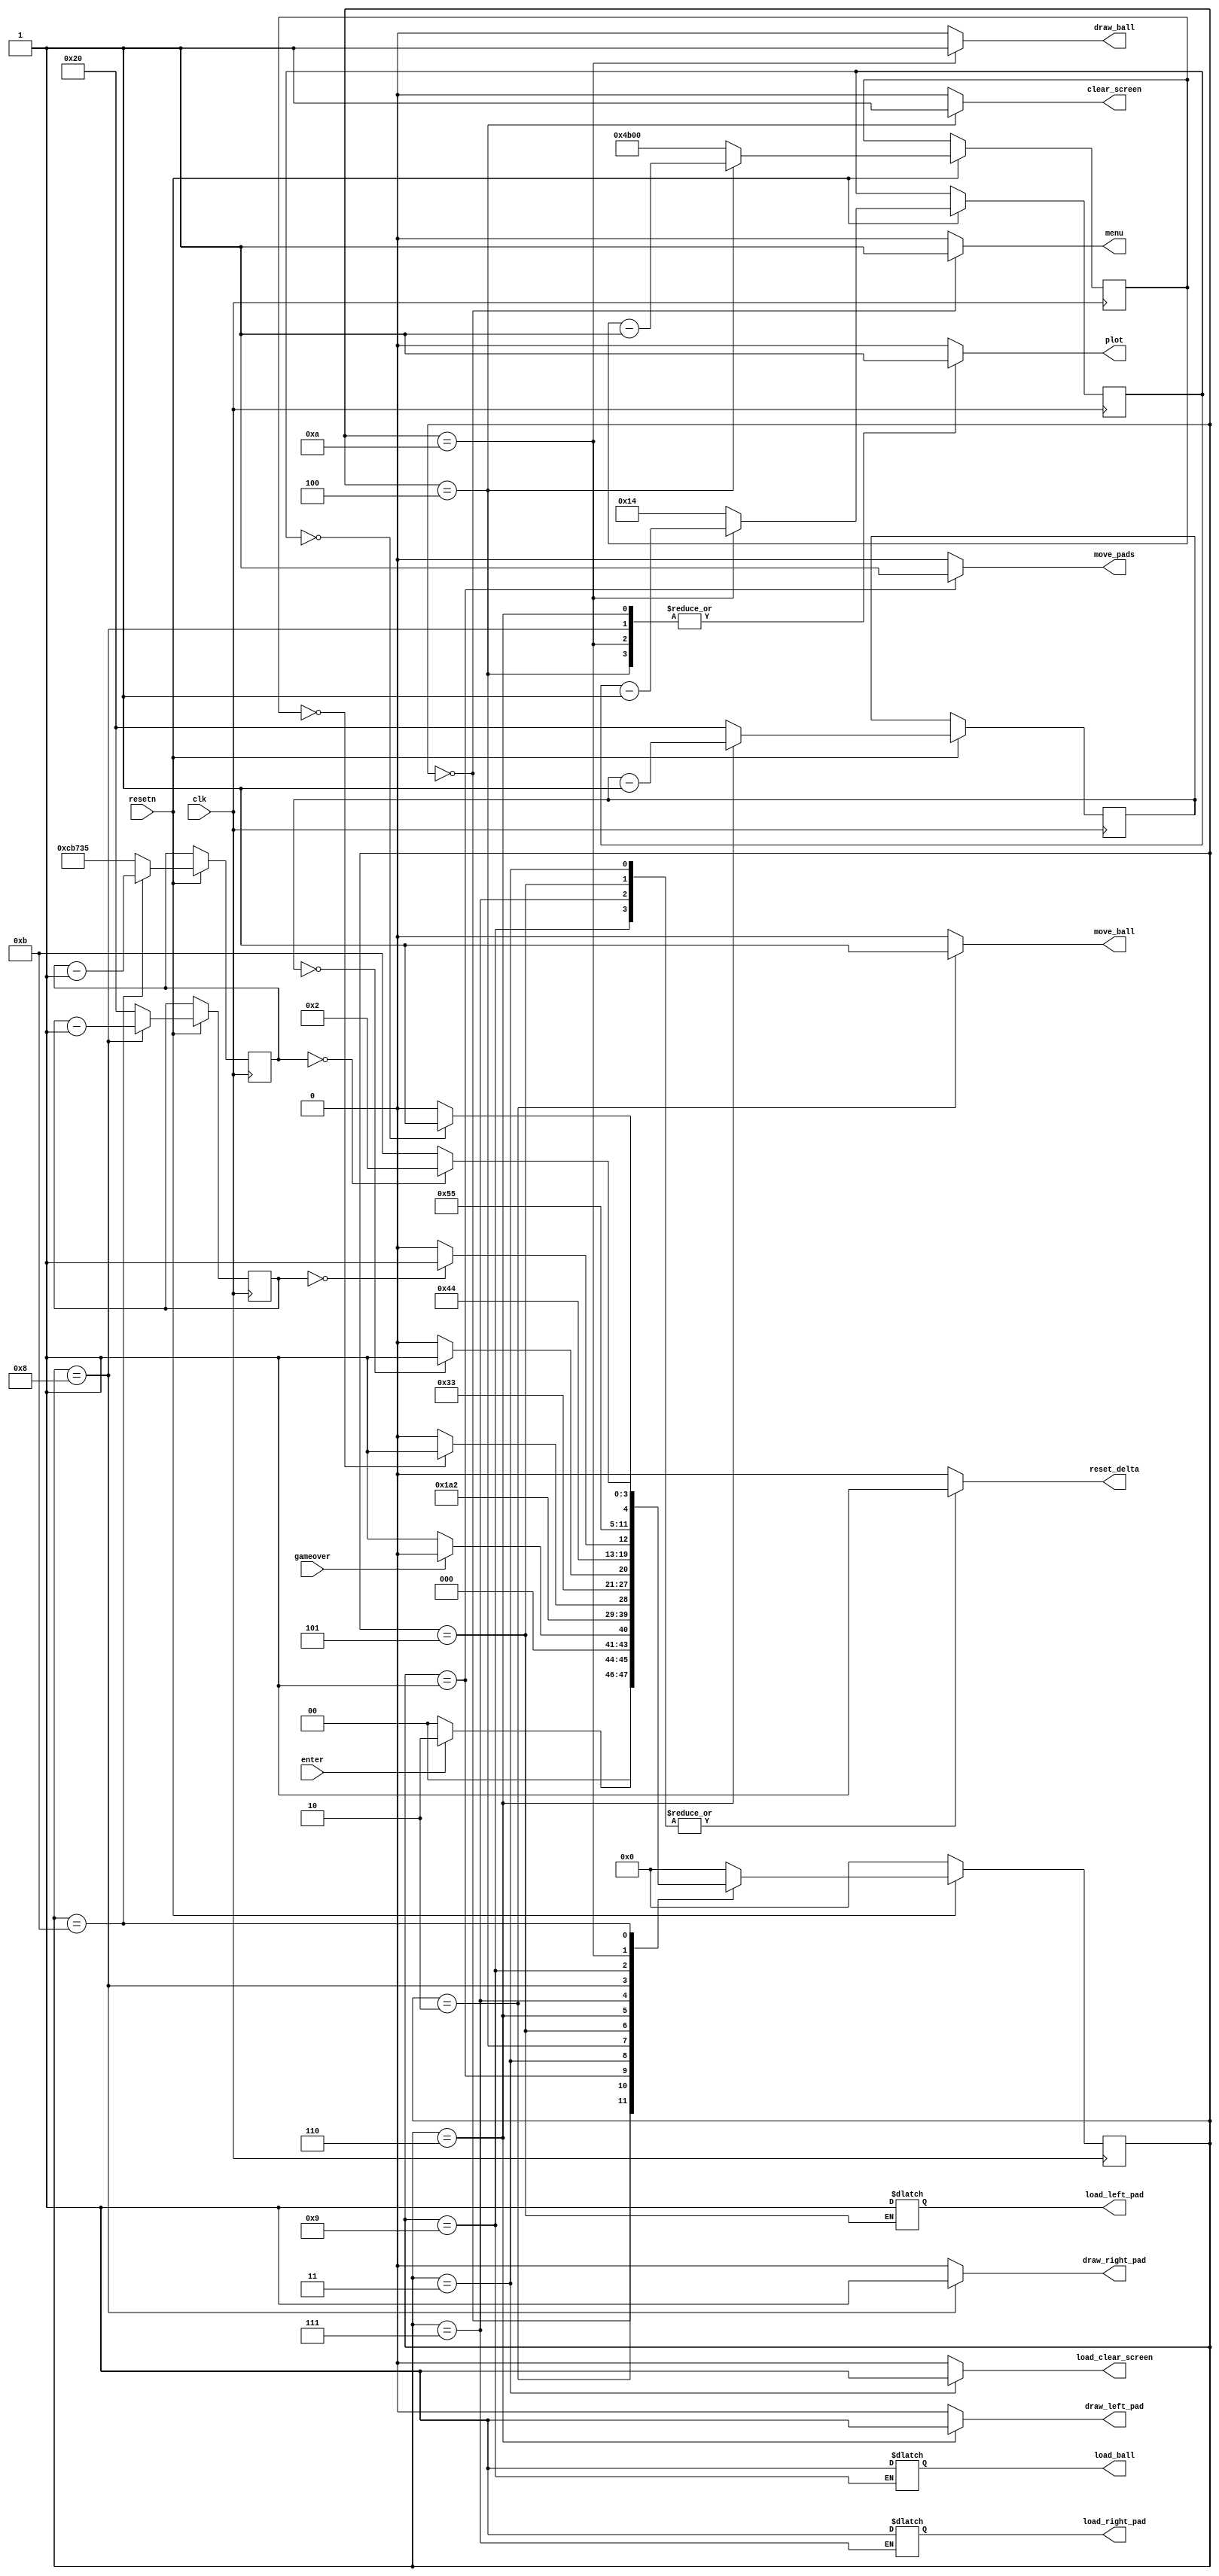
module control(
	input clk,
	input resetn,
	input enter,	// From keyboard
	input gameover,
	
	// Output based on state
	output reg menu,
	output reg move_pads,
	output reg move_ball,
	output reg load_clear_screen,
	output reg clear_screen,
	output reg load_left_pad,
	output reg draw_left_pad,
	output reg load_right_pad,
	output reg draw_right_pad,
	output reg load_ball,
	output reg draw_ball,
	output reg reset_delta,
	output reg plot
	);
	
	// Number of clock ticks we need to do each operation
	localparam 	PAD_COUNTER_LENGTH 			= 6'b100000,
				BALL_COUNTER_LENGTH 		= 5'b10100,
				FRAME_COUNTER_LENGTH		= 20'b11001011011100110101,
				CLEAR_SCREEN_COUNTER_LENGTH	= 15'b100101100000000;
				
	// State registers and counters
	reg [5:0] draw_left_pad_counter;
	reg [5:0] draw_right_pad_counter;
	reg [4:0] draw_ball_counter;
	reg [19:0] frame_counter;
	reg [14:0] clear_screen_counter;
	reg [3:0] current_state, next_state; 
    
	// States
    localparam  S_MENU        			= 4'd0,
                S_MOVE_PADS   			= 4'd1,
                S_MOVE_BALL 			= 4'd2,
				S_LOAD_CLEAR_SCREEN		= 4'd3,
				S_CLEAR_SCREEN			= 4'd4,
				S_LOAD_LEFT				= 4'd5,
                S_DRAW_LEFT_PAD  		= 4'd6,
				S_LOAD_RIGHT			= 4'd7,
				S_DRAW_RIGHT_PAD		= 4'd8,
				S_LOAD_BALL				= 4'd9,
				S_DRAW_BALL				= 4'd10,
				S_WAIT					= 4'd11;
	
	// State table
	always @(*)
	begin: state_table 
            case (current_state)
                S_MENU: next_state = enter ? S_MOVE_BALL : S_MENU;
				S_MOVE_BALL: next_state = (gameover == 1) ? S_MENU : S_MOVE_PADS; 
                S_MOVE_PADS: next_state = S_LOAD_CLEAR_SCREEN;
				S_LOAD_CLEAR_SCREEN: next_state = S_CLEAR_SCREEN;
				S_CLEAR_SCREEN: next_state = (clear_screen_counter == 0) ? S_LOAD_LEFT : S_CLEAR_SCREEN;
				S_LOAD_LEFT: next_state = S_DRAW_LEFT_PAD;
                S_DRAW_LEFT_PAD: next_state = (draw_left_pad_counter == 0) ? S_LOAD_RIGHT: S_DRAW_LEFT_PAD;
				S_LOAD_RIGHT: next_state = S_DRAW_RIGHT_PAD;
				S_DRAW_RIGHT_PAD: next_state = (draw_right_pad_counter == 0) ? S_LOAD_BALL : S_DRAW_RIGHT_PAD;
				S_LOAD_BALL: next_state = S_DRAW_BALL;
				S_DRAW_BALL: next_state = (draw_ball_counter == 0) ? S_WAIT : S_DRAW_BALL;
				S_WAIT: next_state = (frame_counter == 0) ? S_MOVE_BALL : S_WAIT;
			default:     next_state = S_MENU;
        endcase
    end
	
	// State logic
	always @(*)
    begin: enable_signals
        // By default make all our signals 0
        move_pads	 		= 1'b0;
		move_ball 			= 1'b0;
		load_clear_screen 	= 1'b0;
		clear_screen 		= 1'b0;
		draw_left_pad 		= 1'b0;
		draw_right_pad 		= 1'b0;
		draw_ball 			= 1'b0;
		reset_delta 		= 1'b0;
		plot 				= 1'b0;
		menu				= 1'b0;

        case (current_state)
			S_MENU: begin
				menu <= 1'b1;
				end
            S_MOVE_PADS: begin
				move_pads <= 1'b1;
				end
			S_MOVE_BALL: begin
				move_ball <= 1'b1;
				end 
			S_LOAD_CLEAR_SCREEN: begin
				reset_delta <= 1'b1;
				load_clear_screen <= 1'b1;
				end
			S_CLEAR_SCREEN: begin
				clear_screen <= 1'b1;
				plot <= 1'b1;
				end
			S_DRAW_LEFT_PAD: begin
				draw_left_pad <= 1'b1;
				plot <= 1'b1;
				end
			S_DRAW_RIGHT_PAD: begin
				draw_right_pad <= 1'b1;
				plot <= 1'b1;
				end
			S_DRAW_BALL: begin
				draw_ball <= 1'b1;
				plot <= 1'b1;
				end
			S_LOAD_LEFT: begin
				load_left_pad <= 1'b1;
				reset_delta <= 1'b1;
				end
			S_LOAD_RIGHT: begin
				load_right_pad <= 1'b1;
				reset_delta <= 1'b1;
				end
			S_LOAD_BALL: begin
				load_ball <= 1'b1;
				reset_delta <= 1'b1;
				end
			
        endcase
    end
	
	// Update current state, and update each counter on the clock edge
    always@(posedge clk)
    begin: state_FFs
        if(!resetn)
            current_state <= S_MENU;
        else begin
            current_state <= next_state;
			if(current_state == S_DRAW_LEFT_PAD)
				draw_left_pad_counter <= draw_left_pad_counter - 1;
			else draw_left_pad_counter <= PAD_COUNTER_LENGTH;
			
			if(current_state == S_DRAW_RIGHT_PAD)
				draw_right_pad_counter <= draw_right_pad_counter - 1;
			else draw_right_pad_counter <= PAD_COUNTER_LENGTH;
				
			if(current_state == S_DRAW_BALL)
				draw_ball_counter <= draw_ball_counter - 1;
			else draw_ball_counter <= BALL_COUNTER_LENGTH;
				
			if(current_state == S_WAIT)
				frame_counter <= frame_counter - 1;
			else frame_counter <= FRAME_COUNTER_LENGTH;
			
			if(current_state == S_CLEAR_SCREEN)
				clear_screen_counter <= clear_screen_counter -1;
			else clear_screen_counter <= CLEAR_SCREEN_COUNTER_LENGTH;
		
		end
    end
endmodule